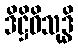
ဒိဋ္ဌိဝိသုဒ္ဓိ